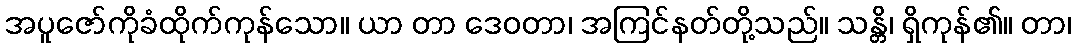
အပူဇော်ကိုခံထိုက်ကုန်သော။ ယာ တာ ဒေဝတာ၊ အကြင်နတ်တို့သည်။ သန္တိ၊ ရှိကုန်၏။ တာ၊